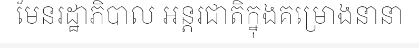
មែនរដ្ឋាភិបាល អន្តរជាតិក្នុងគម្រោងនានា